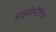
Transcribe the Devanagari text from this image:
आइसोस्टैटिक